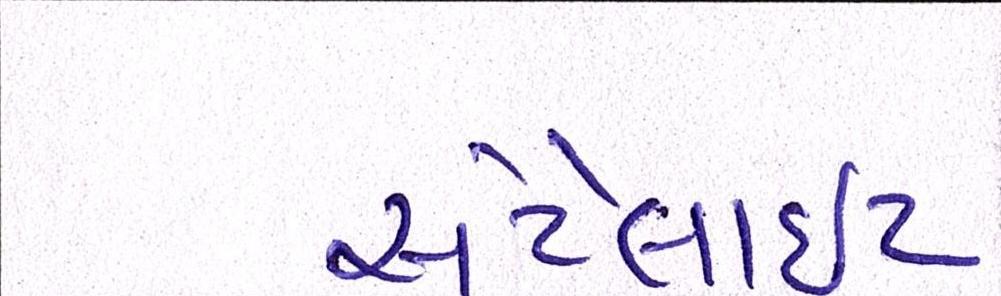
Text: સેટેલાઈટ